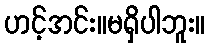
ဟင့်အင်း။မရှိပါဘူး။